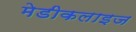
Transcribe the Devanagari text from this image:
मेडीकलाइज